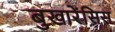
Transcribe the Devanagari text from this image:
बुखारेंसिस